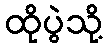
ထိုပွဲသို့